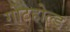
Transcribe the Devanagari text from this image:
गोटहोल्ड